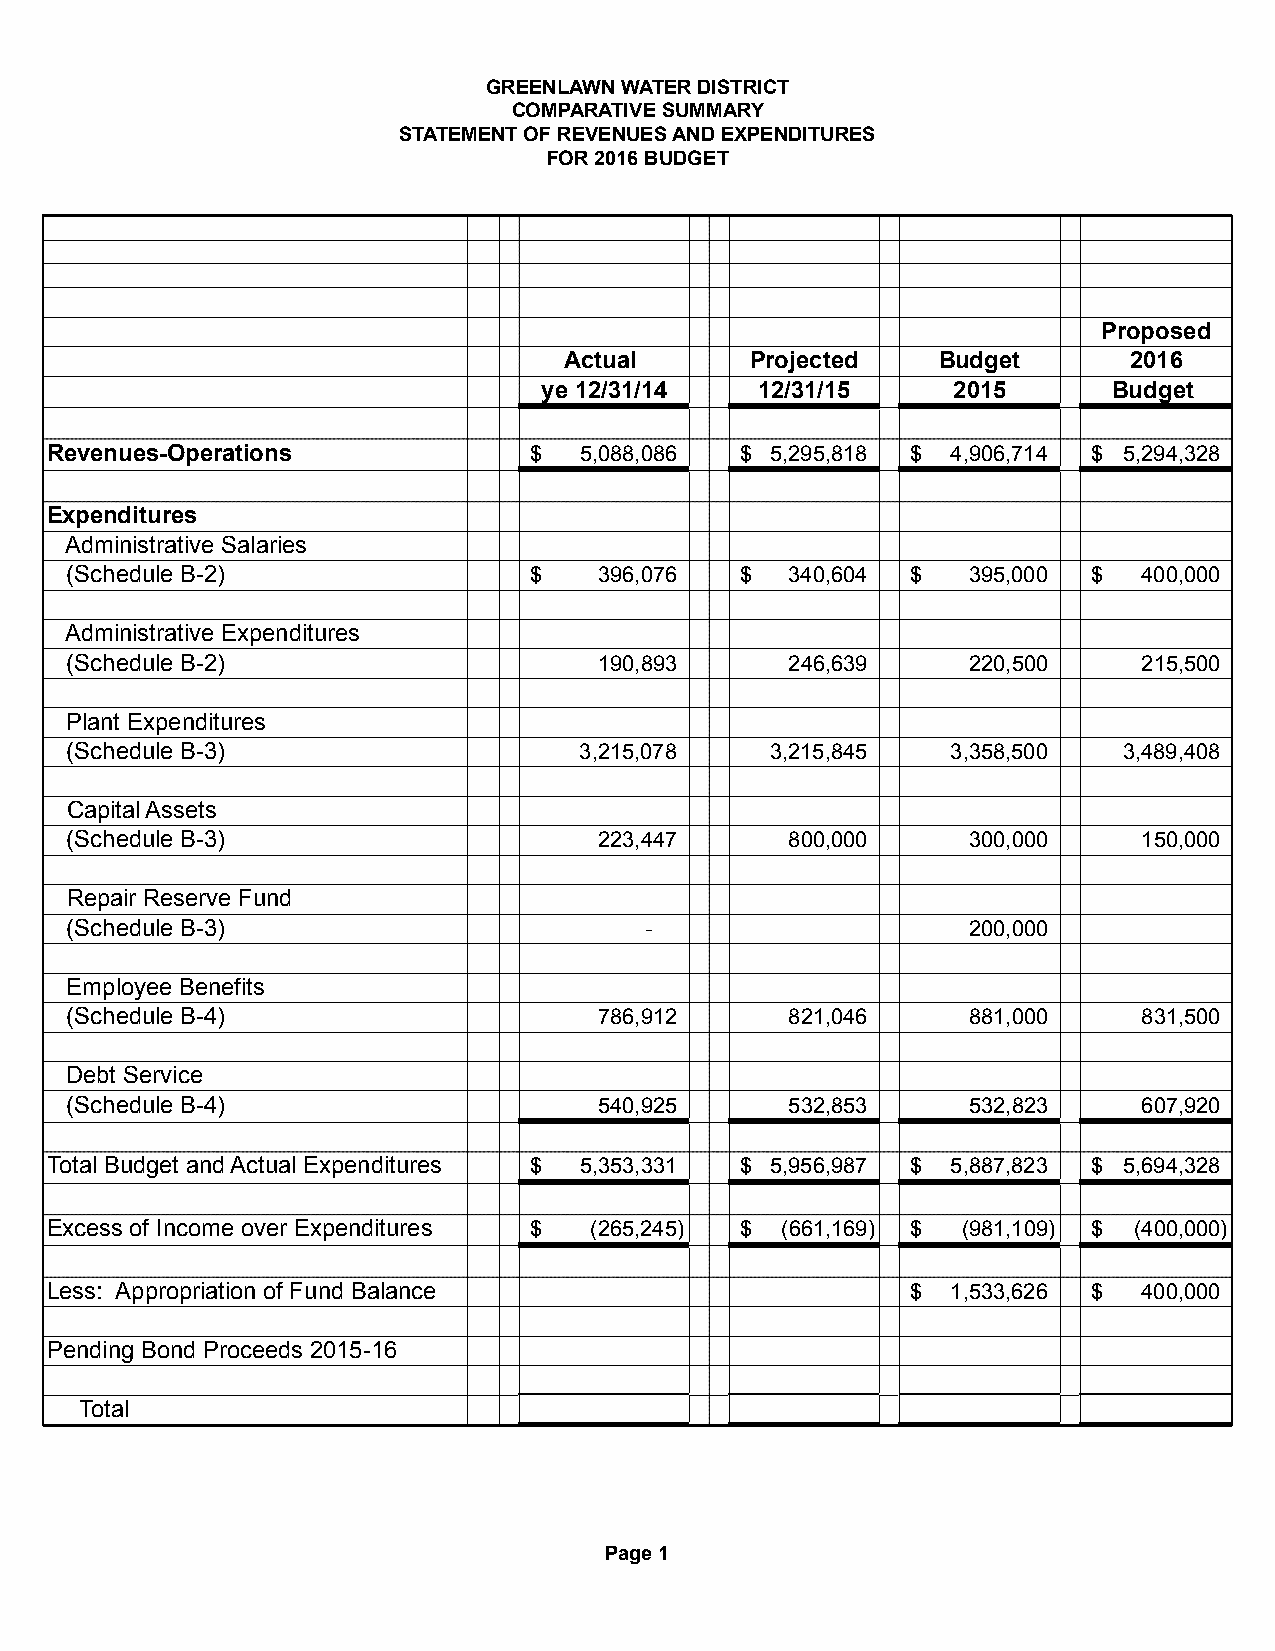
GREENLAWN WATER DISTRICT
 COMPARATIVE SUMMARY
 STATEMENT OF REVENUES AND EXPENDITURES
 FOR 2016 BUDGET
 Proposed
 Actual       Projected   Budget       2016
 ye 12/31/14   12/31/15     2015       Budget
 Revenues-Operations             $  5,088,086  $ 5,295,818 $ 4,906,714 $ 5,294,328
 Expenditures
 Administrative Salaries
 (Schedule B-2)                 $    396,076  $  3 40,604 $  395,000 $   400,000
 Administrative Expenditures
 (Schedule B-2)                      190,893     246,639     220,500     215,500
 Plant Expenditures
 (Schedule B-3)                    3,215,078    3,215,845   3,358,500  3,489,408
 Capital Assets
 (Schedule B-3)                      223,447     800,000     300,000     150,000
 Repair Reserve Fund
 (Schedule B-3)                         -                    200,000
 Employee Benefits
 (Schedule B-4)                      786,912     821,046     881,000     831,500
 Debt Service
 (Schedule B-4)                      540,925     532,853     532,823     607,920
 Total Budget and Actual Expenditures $ 5,353,331 $ 5,956,987 $ 5,887,823 $ 5,694,328
 Excess of Income over Expenditures $ (265,245) $ ( 661,169) $ (981,109) $ (400,000)
 Less: Appropriation of Fund Balance                      $  1,533,626 $  400,000
 Pending Bond Proceeds 2015-16
 Total
 Page 1